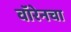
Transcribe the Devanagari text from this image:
वॉरेनचा